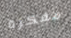
مفكرة